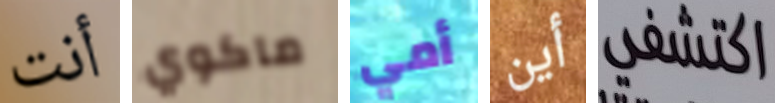
أنت ماكوي أمي أين اكتشفي